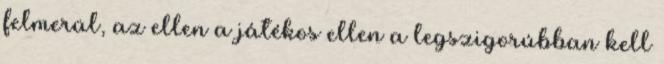
felmerül, az ellen a játékos ellen a legszigorúbban kell